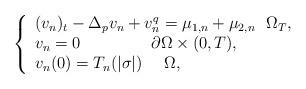
LaTeX: \begin{align*}\left\{ \begin{array}{l}(v_{n})_{t}-\Delta _{p}v_{n}+v_{n}^{q}=\mu _{1,n}+\mu _{2,n}~~\Omega _{T}, \\ v_{n}=0~~~~~~~~~~~~~\partial \Omega \times (0,T), \\ v_{n}(0)=T_{n}(|\sigma |)~~~~\Omega , \\ \end{array}\right. \end{align*}